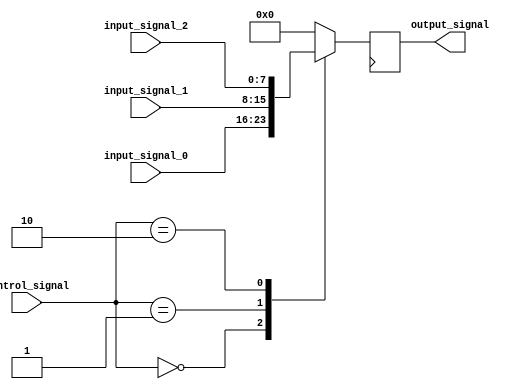
module Timing_Control_Synchronization_Multiplexer_Delay (
    input wire [1:0] control_signal,
    input wire [7:0] input_signal_0,
    input wire [7:0] input_signal_1,
    input wire [7:0] input_signal_2,
    output reg [7:0] output_signal
);

reg [7:0] delayed_input;

always @(control_signal or input_signal_0 or input_signal_1 or input_signal_2) begin
    case (control_signal)
        2'b00: delayed_input = input_signal_0;
        2'b01: delayed_input = input_signal_1;
        2'b10: delayed_input = input_signal_2;
        default: delayed_input = 8'b0; // default input
    endcase
end

always @(posedge clk) begin
    output_signal <= delayed_input;
end

endmodule